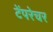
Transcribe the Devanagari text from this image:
टेंपरेचर